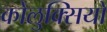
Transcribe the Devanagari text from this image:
कोलुक्सियो